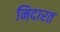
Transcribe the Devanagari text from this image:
निदारत